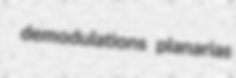
demodulations planarias